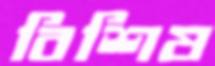
বিশিষ